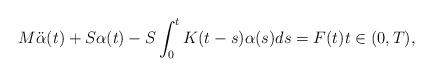
LaTeX: \begin{align*} M\ddot \alpha(t) + S \alpha(t)- S \int_0^t K(t-s)\alpha(s) ds =F(t) t\in (0,T), \end{align*}